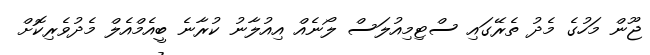
ޖޫން މަހުގެ މެދު ތެރޭގައި ސްޓިމިއުލަސް ލޯނެއް އިއުލާނު ކުރާނެ ބީއެމްއެލް މެދުވެރިކޮށް